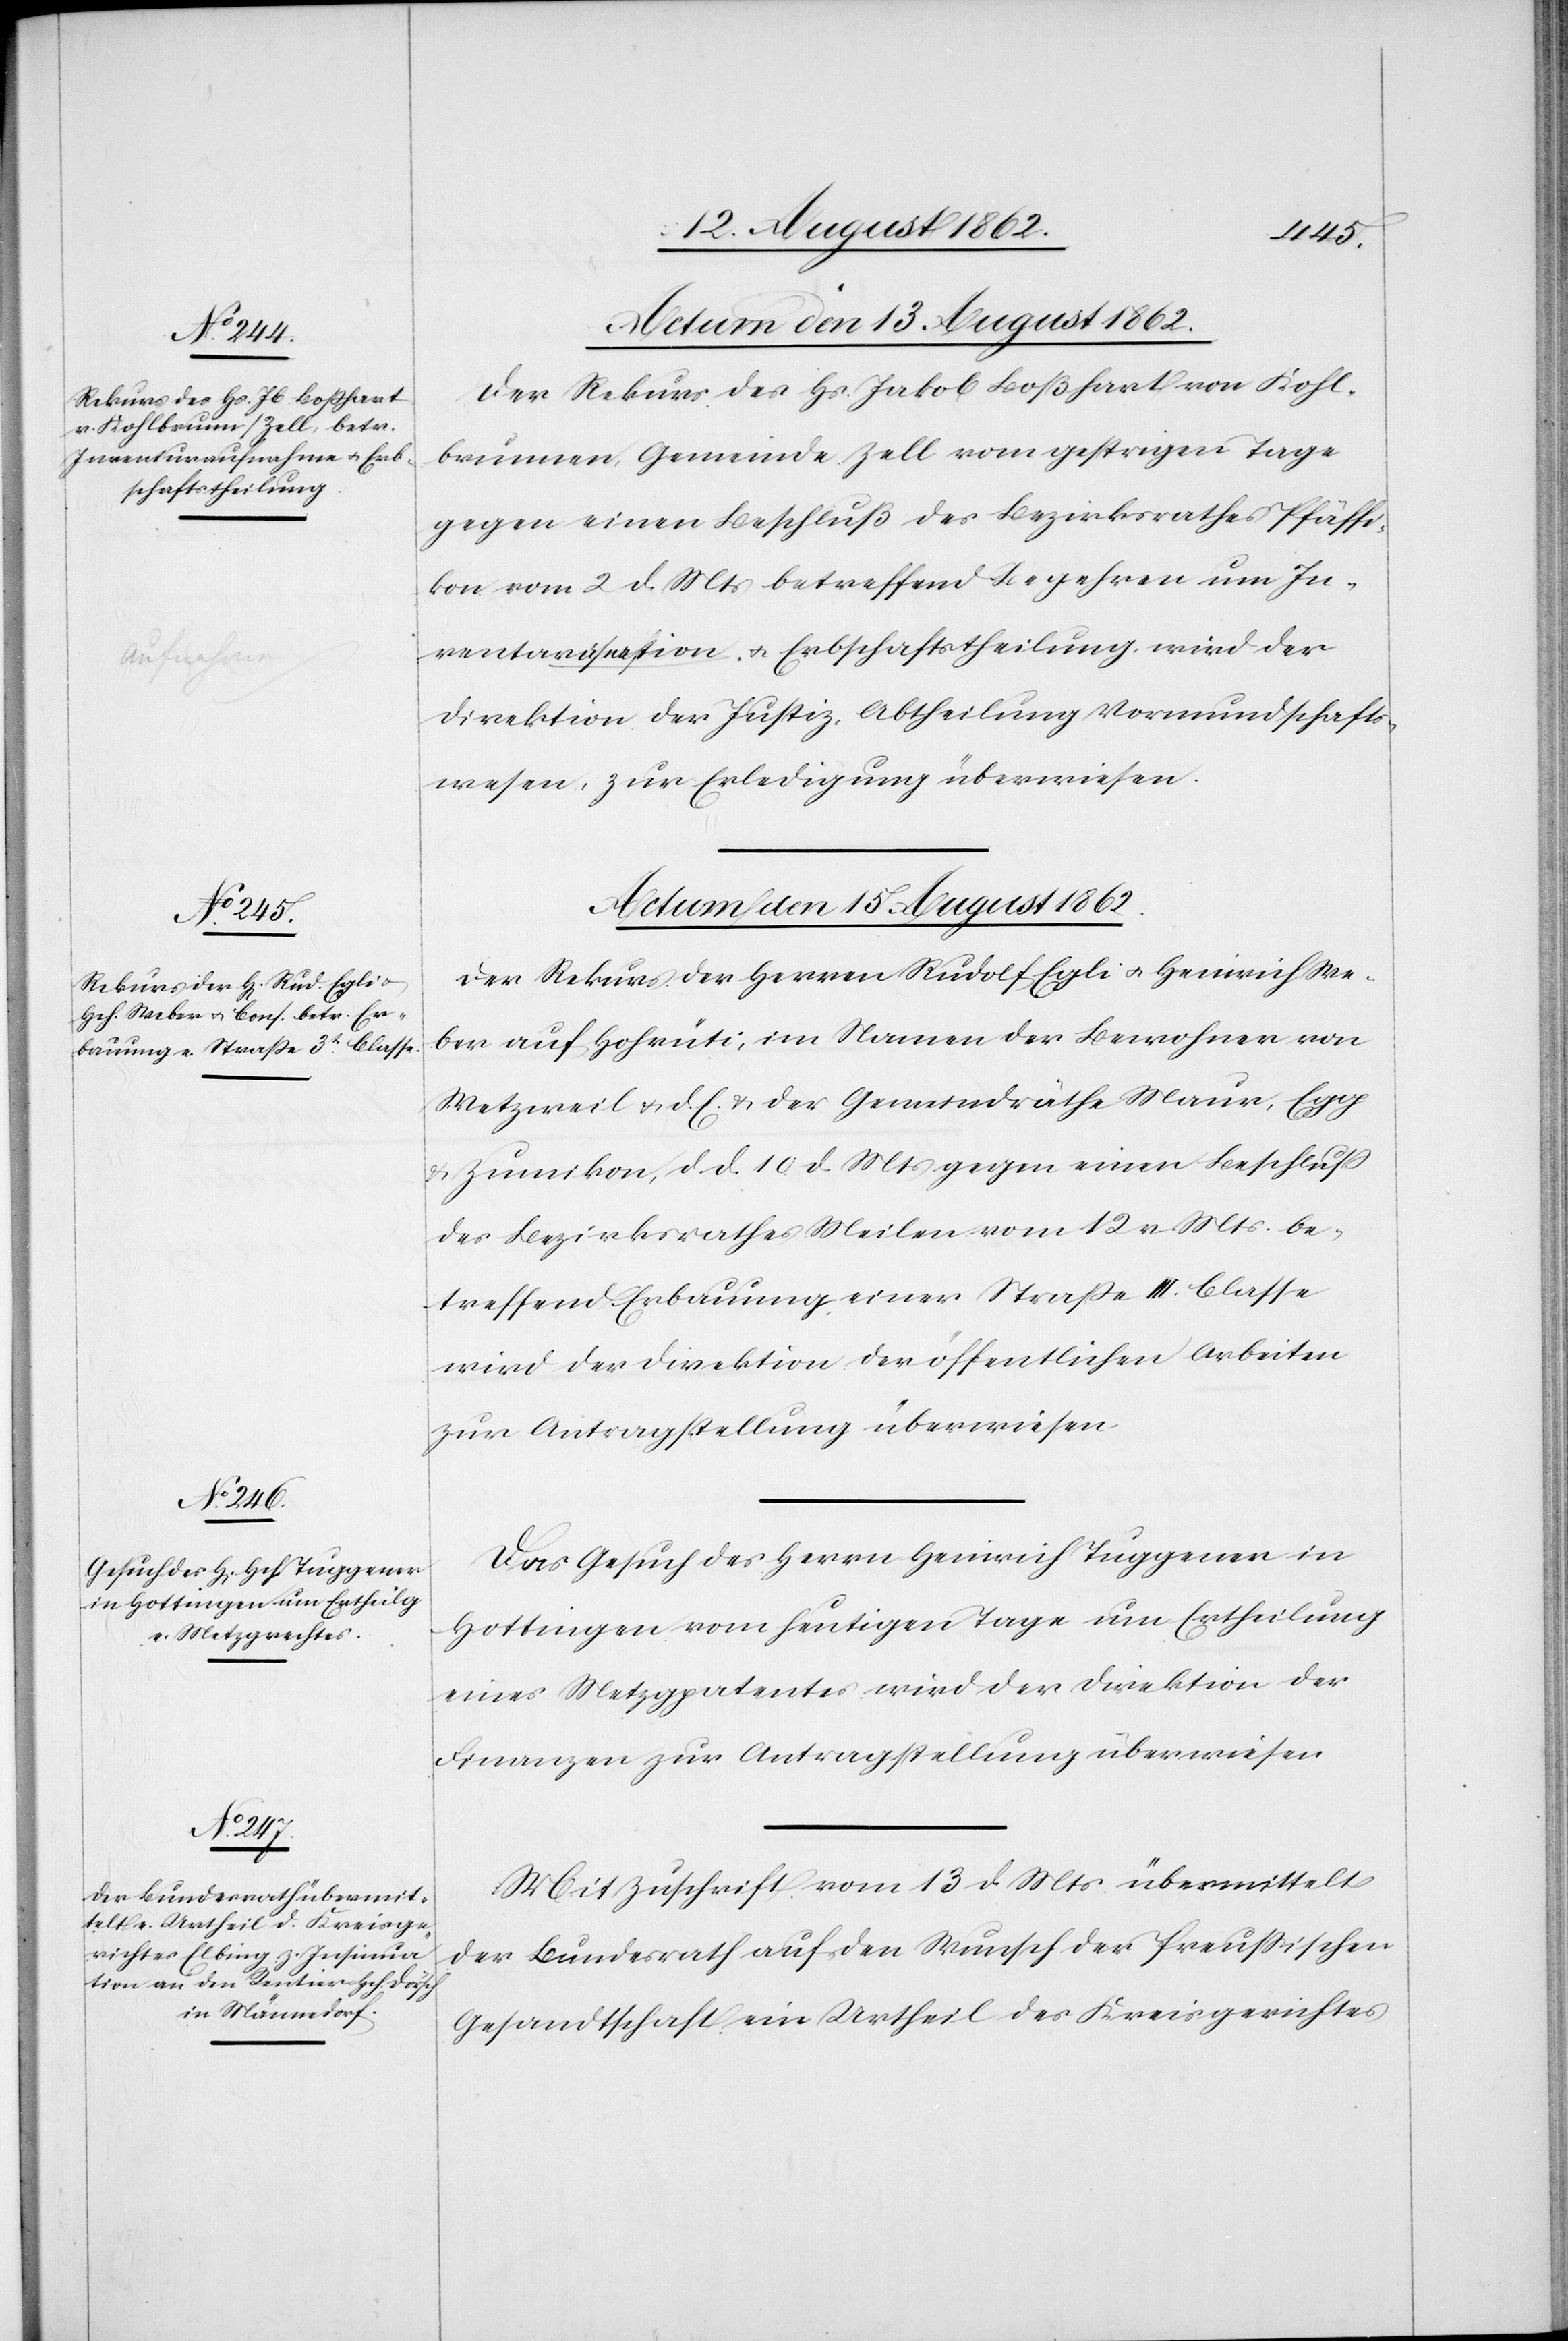
Der Rekurs des Hs. Jakob Boßhart von Kohl¬
brunnen, Gemeinde Zell vom gestrigen Tage
gegen einen Beschluß des Bezirksrathes Pfäffi¬
kon vom 2. d. Mts. betreffend Begehren um In¬
ventariseation [sic!] u. Erbschaftstheilung, wird der
Direktion der Justiz, Abtheilung Vormundschafts¬
wesen, zur Erledigung überwiesen.
Actum den 15. August 1862.]
Der Rekurs der Herren Rudolf Egli u. Heinrich We¬
ber auf Hohrüti, im Namen der Bewohner von
Wetzweil u. d. E. u. der Gemeindräthe Maur, Egg
u. Zumikon, d. d. 10. d. Mts. gegen einen Beschluß
des Bezirksrathes Meilen vom 12. v. Mts. be¬
treffend Erbauung einer Straße III. Classe
wird der Direktion der öffentlichen Arbeiten
zur Antragstellung überwiesen.
Das Gesuch des Herrn Heinrich Tuggener in
Hottingen vom heutigen Tage um Ertheilung
eines Metzgpatentes wird der Direktion der
Finanzen zur Antragstellung überwiesen.
Mit Zuschrift vom 1. d. Mts. übermittelt
der Bundesrath auf den Wunsch der Preußischen
Gesandtschaft ein Urtheil des Kreisingenieurs